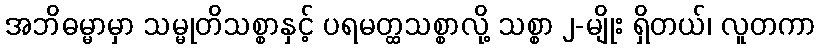
အဘိဓမ္မာမှာ သမ္မုတိသစ္စာနှင့် ပရမတ္ထသစ္စာလို့ သစ္စာ ၂-မျိုး ရှိတယ်၊ လူတကာ